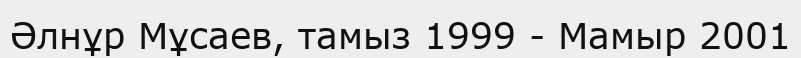
Әлнұр Мұсаев, тамыз 1999 - Мамыр 2001